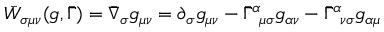
\bar { W } _ { \sigma \mu \nu } ( g , \bar { \Gamma } ) = \bar { \nabla } _ { \sigma } g _ { \mu \nu } = \partial _ { \sigma } g _ { \mu \nu } - \bar { \Gamma } _ { ~ \mu \sigma } ^ { \alpha } g _ { \alpha \nu } - \bar { \Gamma } _ { ~ \nu \sigma } ^ { \alpha } g _ { \alpha \mu }